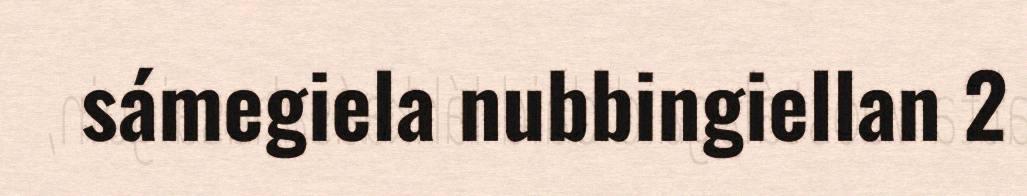
sámegiela nubbingiellan 2